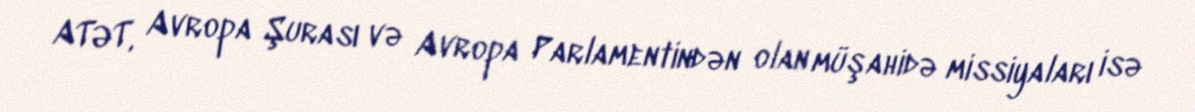
ATƏT, Avropa Şurası və Avropa Parlamentindən olan müşahidə missiyaları isə